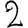
Digit: 2